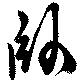
臥